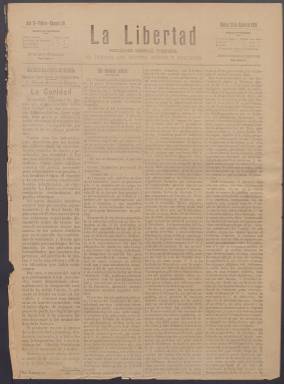
Título: La Libertad (Vitoria)
Colección: Periódicos
Ámbito geográfico: Álava
Lugar de publicación: Vitoria
Fechas: 20/01/1891-23/12/1920